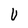
Character: U